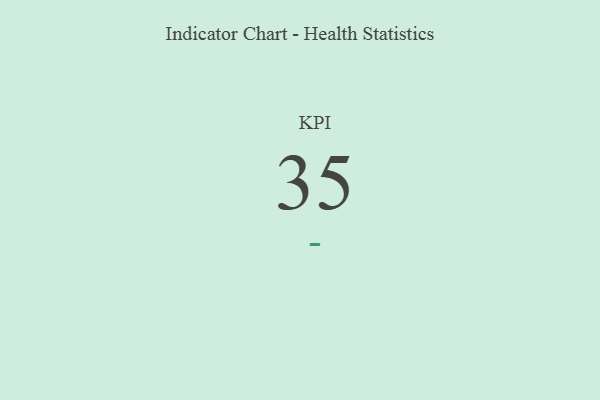
{"axis": {"x": "KPI", "y": "Value"}, "legend": [""], "data": [{"x": "KPI", "y": 35, "type": ""}]}